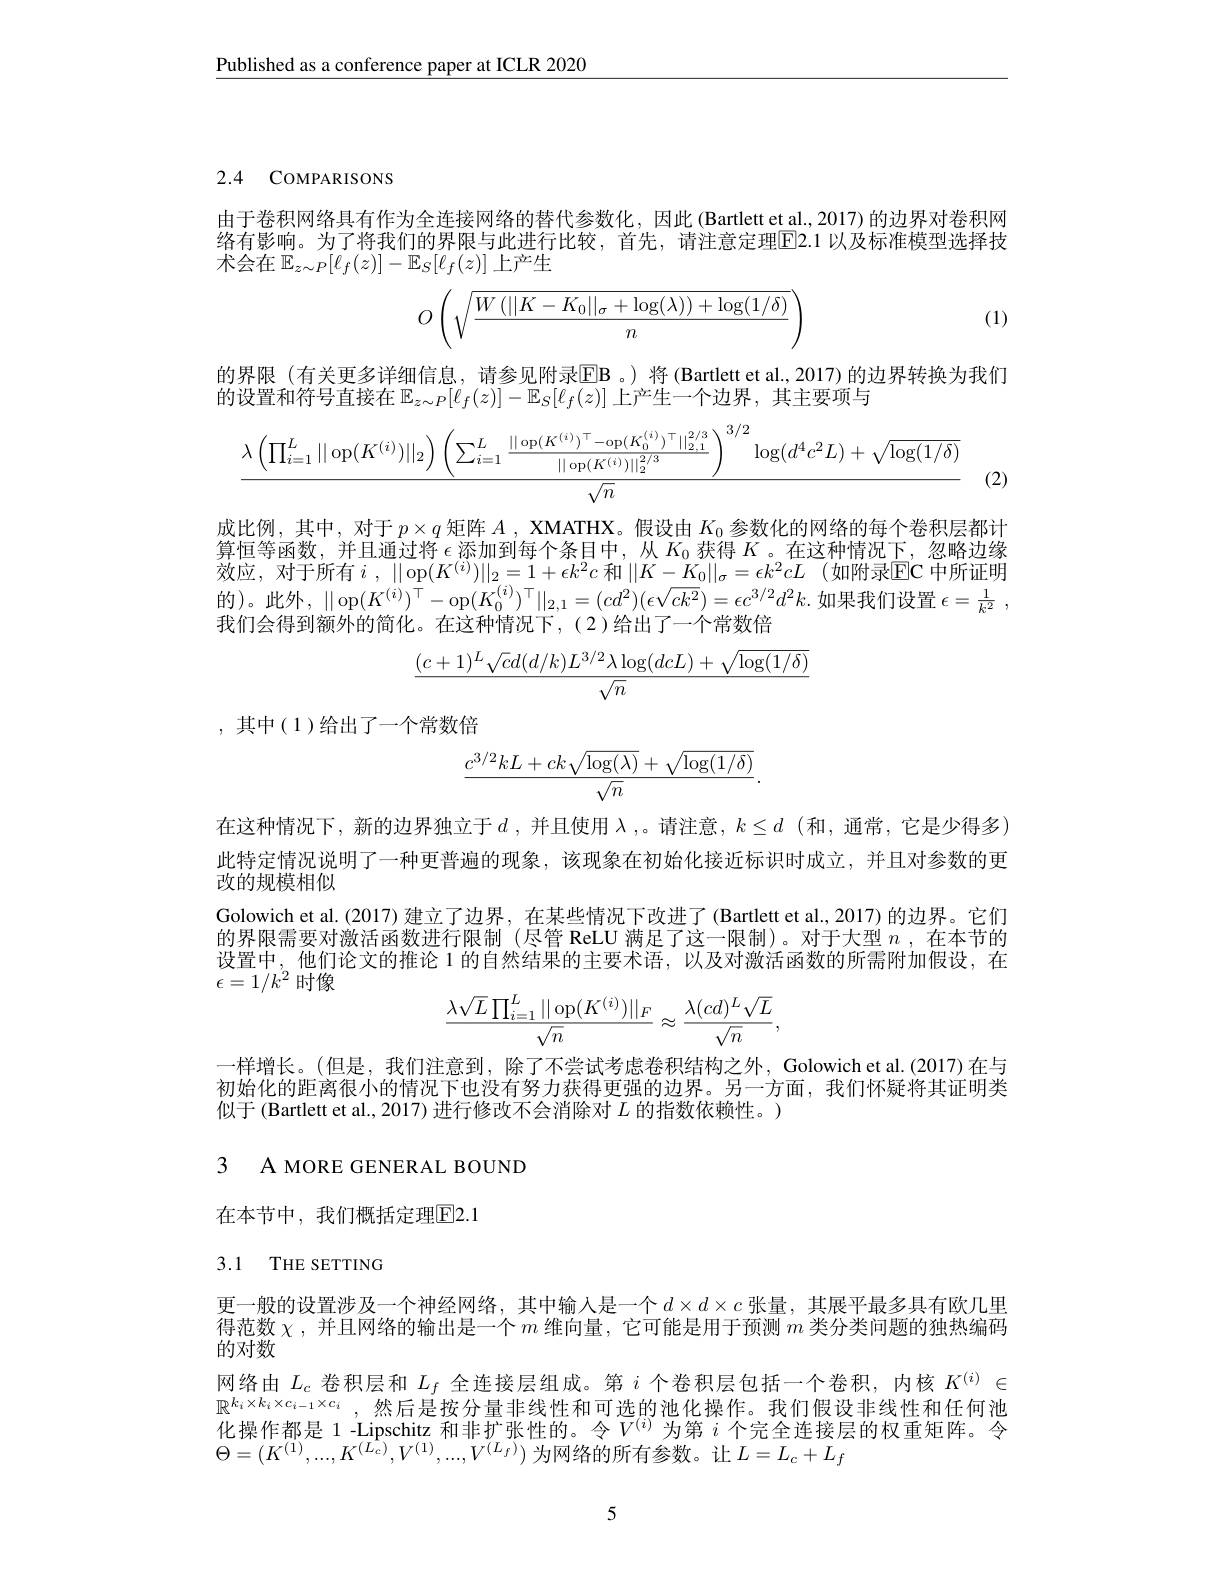
$\underline{\text{Published as a conference paper at ICLR 2020}}$

2.4 COMPARISONS

由于卷积网络具有作为全连接网络的替代参数化，因此(Bartlett et al., 2017) 的边界对卷积网络有影响。为了将我们的界限与此进行比较，首先，请注意定理$\underline{\mathrm{E}}$2.1 以及标准模型选择技术会在$\mathbb{E}_z\sim P[\ell_f(z)]-\mathbb{E}_S[\ell_f(z)]$ 上产生
$$O\left(\sqrt{\frac{W\left(||K-K_0||_\sigma+\log(\lambda)\right)+\log(1/\delta)}{n}}\right)$$
(1)

的界限(有关更多详细信息，请参见附录$\overline{\mathbf{E}}\mathbf{B}$。)将(Bartlett et al.,2017)的边界转换为我们
的设置和符号直接在$\mathbb{E}_z\sim P[\ell_f(z)]-\mathbb{E}_S[\ell_f(z)]$ 上产生一个边界，其主要项与
$$\frac{\lambda\left(\prod_{i=1}^{L}||\operatorname{op}(K^{(i)})||_{2}\right)\left(\sum_{i=1}^{L}\frac{||\operatorname{op}(K^{(i)})^{\top}-\operatorname{op}(K_{0}^{(i)})^{\top}||_{2.1}^{2/3}}{||\operatorname{op}(K(i))||_{2}^{2/3}}\right)^{3/2}\log(d^{4}c^{2}L)+\sqrt{\log(1/\delta)}}{\sqrt{n}}$$
(2)

成比例，其中，对于$p\times q$矩阵$A$, XMATHX。假设由$K_0$参数化的网络的每个卷积层都计算恒等函数，并且通过将$\epsilon$添加到每个条目中，从$K_0$获得$K$ 。在这种情况下，忽略边缘效应，对于所有$i,\|$op$(K^(i))\|_2=1+\epsilon k^2c$ 和$\|K-K_0\|_\sigma=\epsilon k^2cL$ (如附录$\overline{\mathrm{EC}}$ 中所证明的)。此外，$\|$op$(K^(i))^\top-$op$(K_0^{(i)})^\top\|_{2,1}=(cd^2)(\epsilon\sqrt{ck^2})=\epsilon c^{3/2}d^2k.$如果我们设置$\epsilon = \frac 1{k^2}$ , 我们会得到额外的简化。在这种情况下，(2)给出了一个常数倍
$$\frac{(c+1)^L\sqrt{c}d(d/k)L^{3/2}\lambda\log(dcL)+\sqrt{\log(1/\delta)}}{\sqrt{n}}$$
,其中(1)给出了一个常数倍
$$\frac{c^{3/2}kL+ck\sqrt{\log(\lambda)}+\sqrt{\log(1/\delta)}}{\sqrt{n}}.$$
在这种情况下，新的边界独立于$d$,并且使用 $\lambda$,。请注意，$k\leq d$ (和，通常，它是少得多) 此特定情况说明了一种更普遍的现象，该现象在初始化接近标识时成立，并且对参数的更改的规模相似
Golowich et al.(2017) 建立了边界，在某些情况下改进了(Bartlett et al.,2017)的边界。它们的界限需要对激活函数进行限制(尽管 ReLU 满足了这一限制)。对于大型$n$ ,在本节的设置中，他们论文的推论 1 的自然结果的主要术语，以及对激活函数的所需附加假设，在$\epsilon=1/k^2$时像
$$\frac{\lambda\sqrt{L}\prod_{i=1}^L||\operatorname{op}(K^{(i)})||_F}{\sqrt{n}}\approx\frac{\lambda(cd)^L\sqrt{L}}{\sqrt{n}},$$
一样增长。(但是，我们注意到，除了不尝试考虑卷积结构之外，Golowichet al.(2017)在与初始化的距离很小的情况下也没有努力获得更强的边界。另一方面，我们怀疑将其证明类似于 (Bartlett et al., 2017) 进行修改不会消除对$L$的指数依赖性。)

3 A MORE GENERAL BOUND

在本节中，我们概括定理$\overline{\mathrm{E}}$2.1

## 3.1 THE SETTING

更一般的设置涉及一个神经网络，其中输入是一个$d\times d\times c$ 张量，其展平最多具有欧几里得范数$\chi$ ,并且网络的输出是一个$m$维向量，它可能是用于预测$m$类分类问题的独热编码的对数
网络由$L_c$卷积层和$L_f$全连接层组成。第$i$个卷积层包括一个卷积，内核$K^(i)\in$ $\mathbb{R} ^{k_i\times k_i\times c_{i- 1}\times c_i}$ ,然后是按分量非线性和可选的池化操作。我们假设非线性和任何池化操作都是 1 -Lipschitz 和非扩张性的。令$V^{(i)}$为第$i$个完全连接层的权重矩阵。令$\Theta=(K^{(1)},...,K^{(L_{c})},V^{(1)},...,V^{(L_{f})})$ 为网络的所有参数。让$L=L_c+L_f$

5